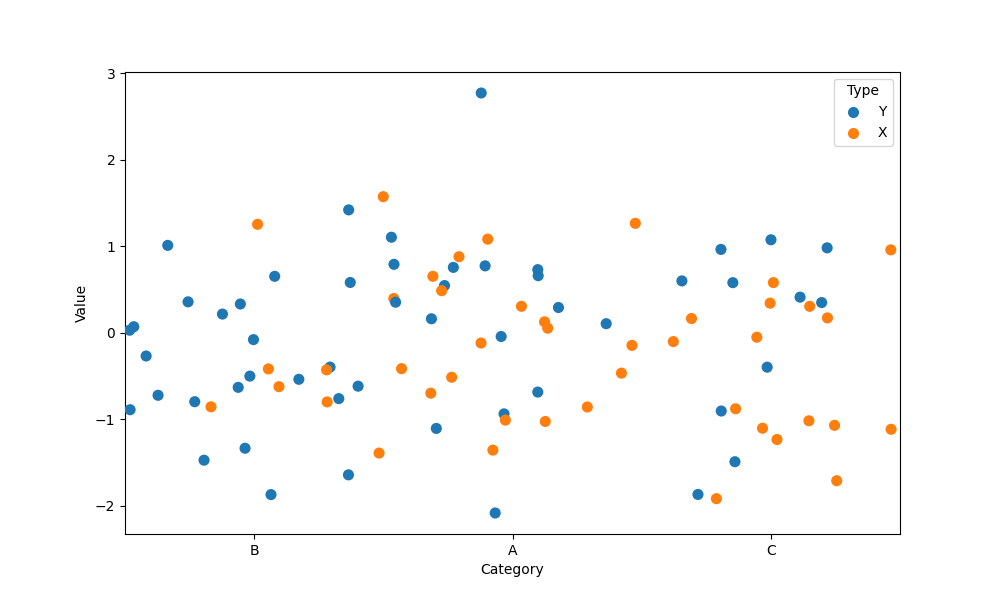
python, seaborn, stripplot, jitter=True, dodge=True, alpha=1.0, size=8